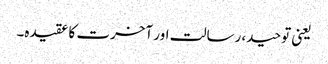
یعنی توحید، رسالت اور آخرت کا عقیدہ۔